Problem: 4 × 4 = ?
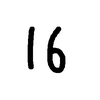
Handwritten answer: 16